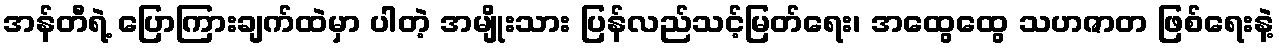
အန်တီရဲ့ ပြောကြားချက်ထဲမှာ ပါတဲ့ အမျိုးသား ပြန်လည်သင့်မြတ်ရေး၊ အထွေထွေ သဟဇာတ ဖြစ်ရေးနဲ့